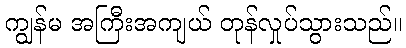
ကျွန်မ အကြီးအကျယ် တုန်လှုပ်သွားသည်။